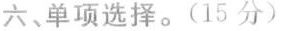
六、单项选择.(15 分)